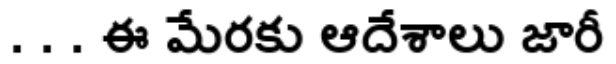
. . . ఈ మేరకు ఆదేశాలు జారీ